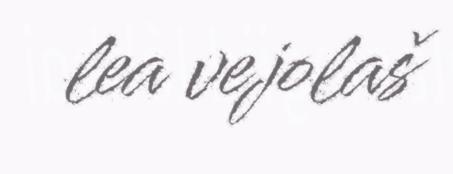
lea vejolaš